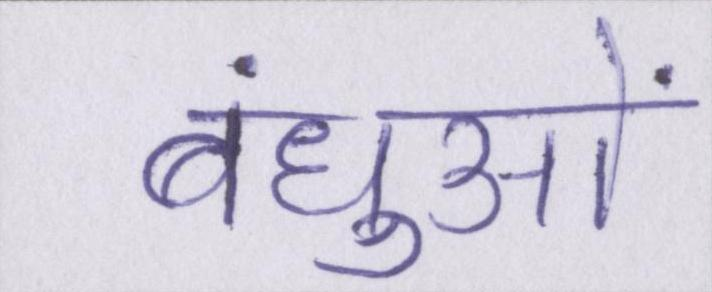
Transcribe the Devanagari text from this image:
बंधुओं